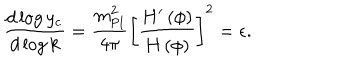
{ \frac { d \log { y _ { \mathrm { c } } } } { d \log { k } } } = { \frac { m _ { \mathrm { P l } } ^ { 2 } } { 4 \pi } } \left[ { \frac { H ^ { \prime } \left( \phi \right) } { H \left( \phi \right) } } \right] ^ { 2 } = \epsilon .